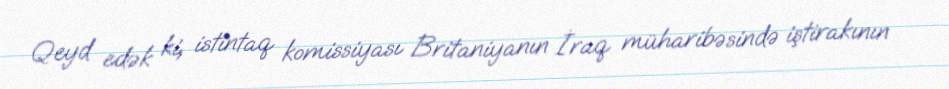
Qeyd edək ki, istintaq komissiyası Britaniyanın İraq müharibəsində iştirakının